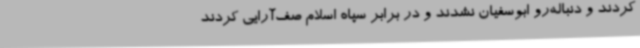
کردند و دنباله‌رو ابوسفیان نشدند و در برابر سپاه اسلام صف‌آرایی کردند